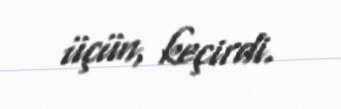
üçün, keçirdi.